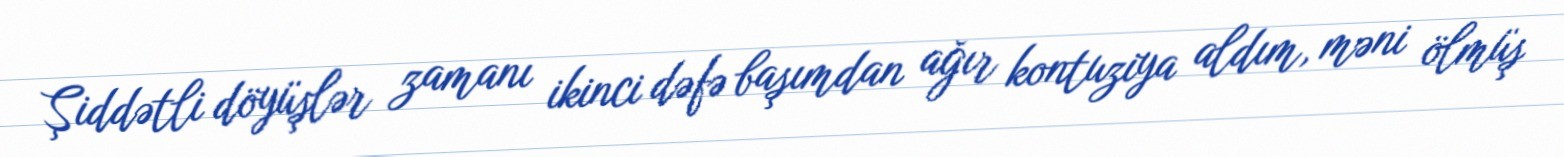
Şiddətli döyüşlər zamanı ikinci dəfə başımdan ağır kontuziya aldım, məni ölmüş